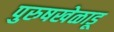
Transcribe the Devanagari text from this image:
पुरुषखेळाडू